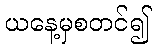
ယနေ့မှစတင်၍